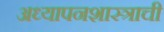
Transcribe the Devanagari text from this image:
अध्यापनशास्त्राची